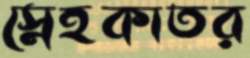
স্নেহকাতর